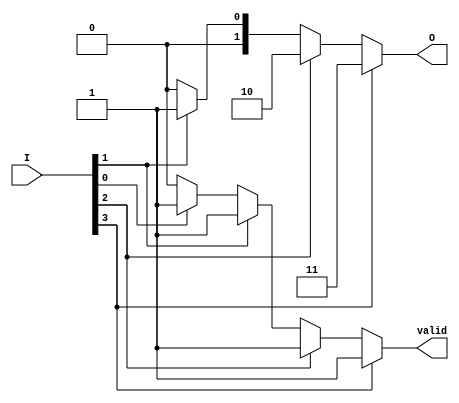
module simple_binary_encoder (
    input wire [3:0] I,  // 4 input lines
    output reg [1:0] O,  // 2 output lines
    output reg valid      // Indicates if there is a valid input
);

    always @(*) begin
        // Default output
        O = 2'b00;  // Default output when no input is active
        valid = 1'b0; // Default valid signal

        // Priority encoding logic
        if (I[3]) begin
            O = 2'b11; // Output for I[3]
            valid = 1'b1;
        end else if (I[2]) begin
            O = 2'b10; // Output for I[2]
            valid = 1'b1;
        end else if (I[1]) begin
            O = 2'b01; // Output for I[1]
            valid = 1'b1;
        end else if (I[0]) begin
            O = 2'b00; // Output for I[0]
            valid = 1'b1;
        end
        // If no inputs are active, O remains 00 and valid remains 0
    end

endmodule